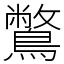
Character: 鷩